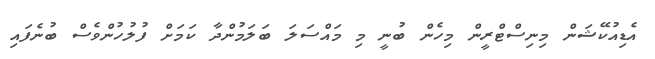
އެޑިއުކޭޝަން މިނިސްޓްރީން މިހެން ބުނީ މި މައްސަލަ ބަލަމުންދާ ކަމަށް ފުލުހުންވެސް ބުނެފައި